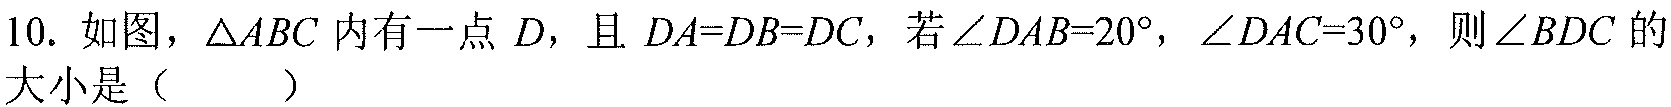
10. 如图，$\triangle ABC$ 内有一点 $D$，且 $DA = DB = DC$，若 $\angle DAB = 20^{\circ}$，$\angle DAC = 30^{\circ}$，则 $\angle BDC$ 的大小是（  ）